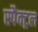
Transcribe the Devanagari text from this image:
स्पैक्ट्रल